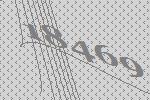
18469